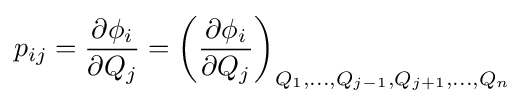
p_{ij}={\partial \phi _{i} \over \partial Q_{j}}=\left({\partial \phi _{i} \over \partial Q_{j}}\right)_{Q_{1},...,Q_{j-1},Q_{j+1},...,Q_{n}}